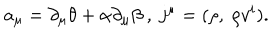
LaTeX: a _ { \mu } = \partial _ { \mu } \theta + \alpha \partial _ { \mu } \beta ~ , ~ j ^ { \mu } = ( \rho , ~ \rho v ^ { i } ) .